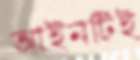
আইনটিই